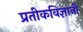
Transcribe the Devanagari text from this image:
प्रतीकविज्ञानी